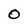
Character: 0